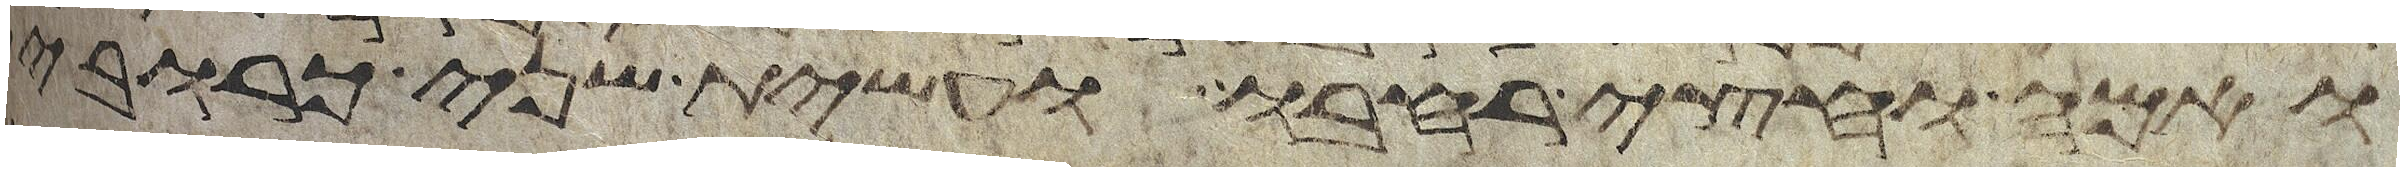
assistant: ואמה וחצי רחבו ועשית שני כרובים